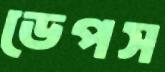
ডেপস